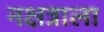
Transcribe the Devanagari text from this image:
नक्षत्राला